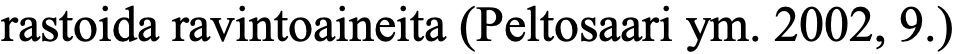
rastoida ravintoaineita (Peltosaari ym. 2002, 9.)